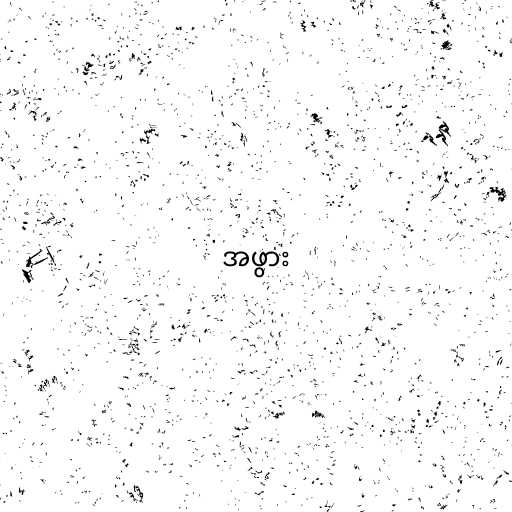
အဖွား